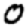
Digit: 0